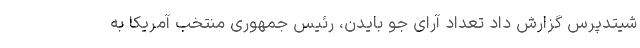
شیتدپرس گزارش داد تعداد آرای جو بایدن، رئیس جمهوری منتخب آمریکا به